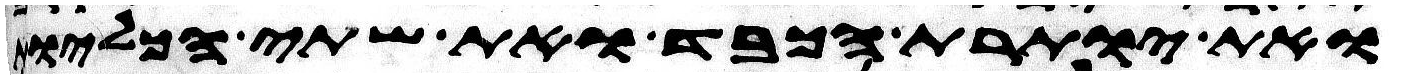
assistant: ואת יותרת הכבד ואת שתי הכליות